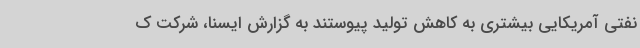
نفتی آمریکایی بیشتری به کاهش تولید پیوستند به گزارش ایسنا، شرکت ک